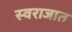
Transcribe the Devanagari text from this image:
स्वराजात